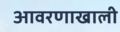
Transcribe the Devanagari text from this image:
आवरणाखाली